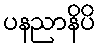
ပနညာနိပိ